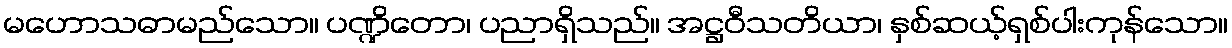
မဟောသဓာမည်သော။ ပဏ္ဍိတော၊ ပညာရှိသည်။ အဋ္ဌဝီသတိယာ၊ နှစ်ဆယ့်ရှစ်ပါးကုန်သော။